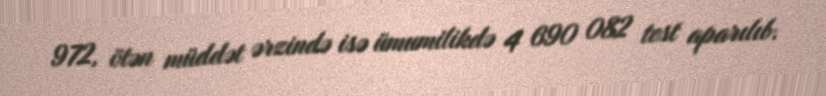
972, ötən müddət ərzində isə ümumilikdə 4 690 082 test aparılıb.